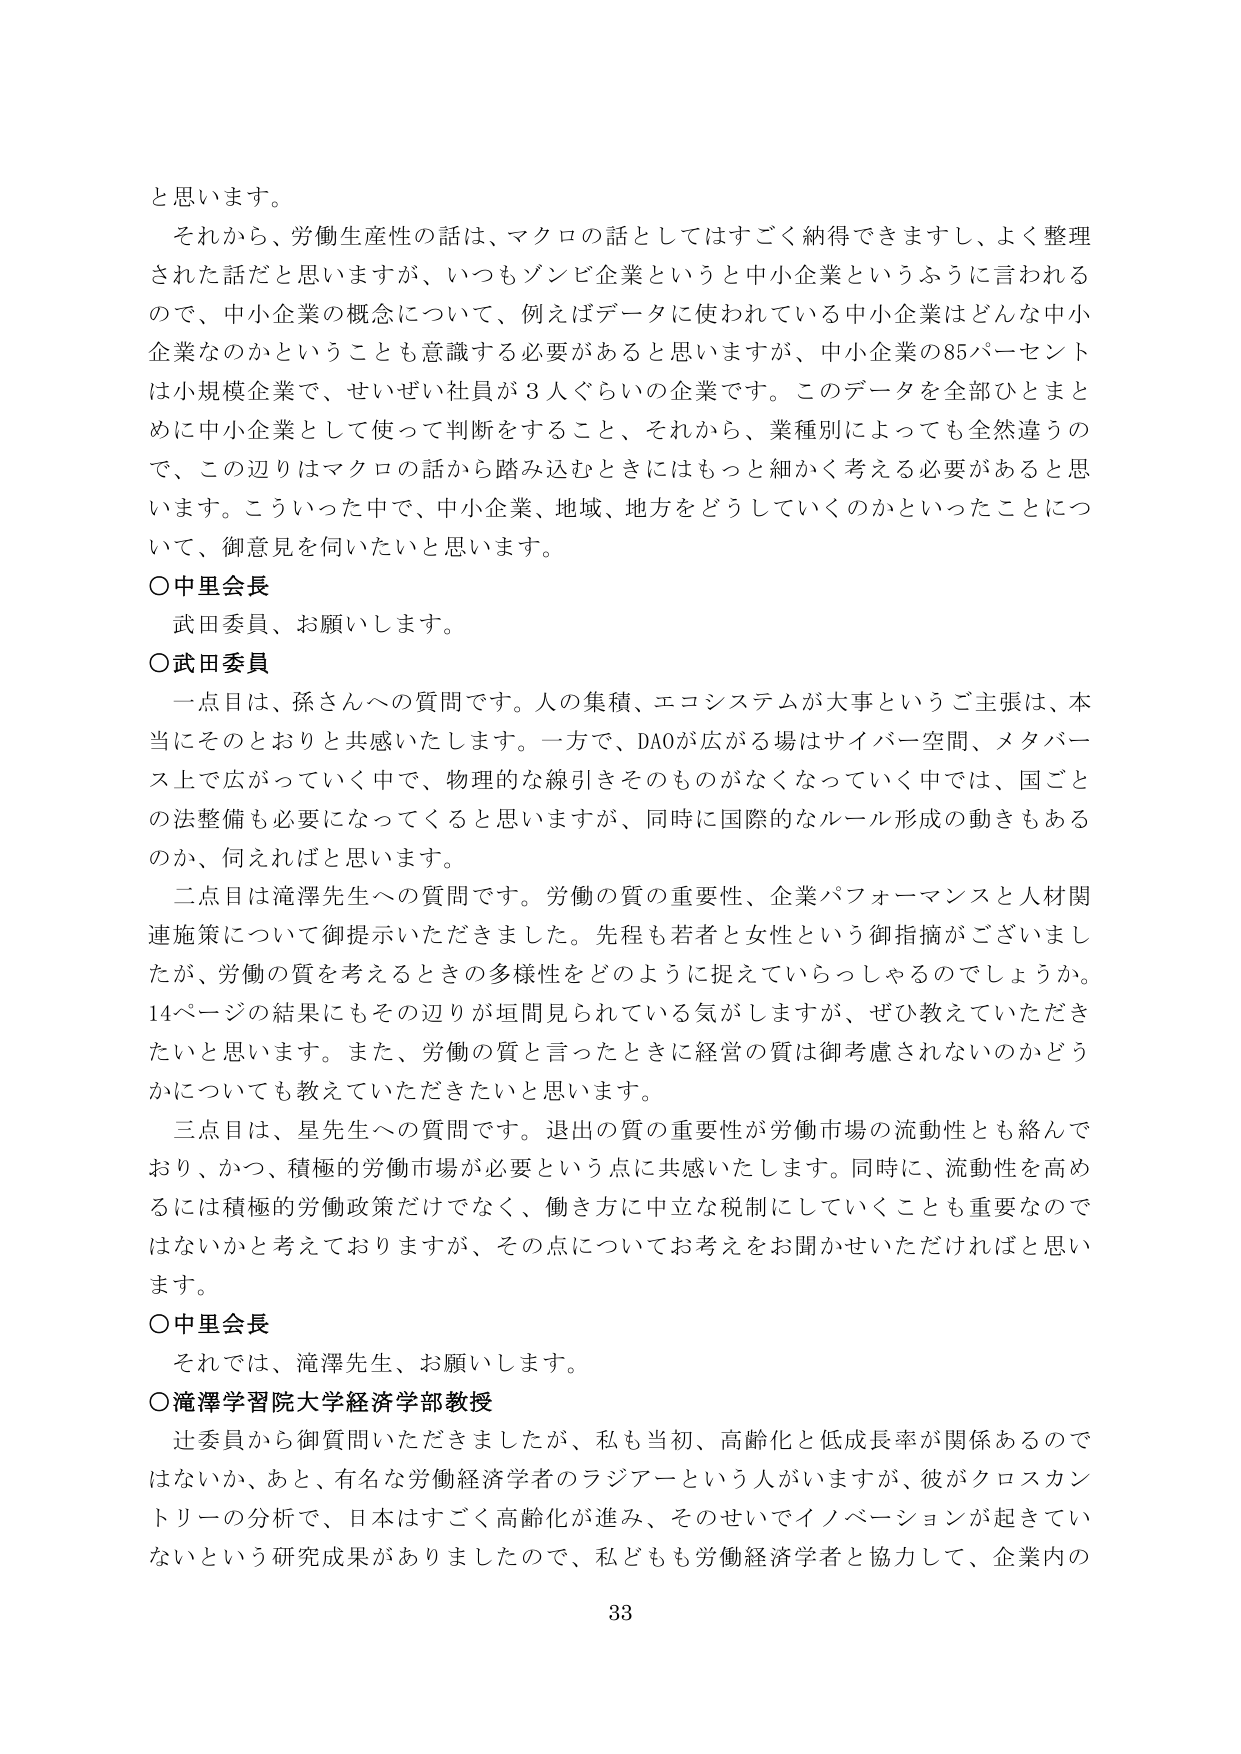
と思います。

それから、労働生産性の話は、マクロの話としてはすごく納得できますし、よく整理された話だと思いますが、いつもゾンビ企業というと中小企業というふうに言われるので、中小企業の概念について、例えばデータに使われている中小企業はどんな中小企業なのかということも意識する必要があると思いますが、中小企業の85パーセントは小規模企業で、せいぜい社員が3人ぐらいの企業です。このデータを全部ひとまとめに中小企業として使って判断をすること、それから、業種別によっても全然違うので、この辺りはマクロの話から踏み込むときにはもっと細かく考える必要があると思います。こういった中で、中小企業、地域、地方をどうしていくのかといったことについて、御意見を伺いたいと思います。

〇中里会長
武田委員、お願いします。

〇武田委員
一点目は、孫さんへの質問です。人の集積、エコシステムが大事というご主張は、本当にそのとおりと共感いたします。一方で、DAOが広がる場はサイバー空間、メタバース上で広がっていく中で、物理的な線引きそのものがなくなっていく中では、国ごとの法整備も必要になってくると思いますが、同時に国際的なルール形成の動きもあるのか、伺えればと思います。

二点目は滝澤先生への質問です。労働の質の重要性、企業パフォーマンスと人材関連施策について御提示いただきました。先程も若者と女性という御指摘がございましたが、労働の質を考えるときの多様性をどのように捉えていらっしゃるのでしょうか。14ページの結果にもその辺りが垣間見られている気がしますが、ぜひ教えていただきたいと思います。また、労働の質と言ったときに経営の質は御考慮されないのかどうかについても教えていただきたいと思います。

三点目は、星先生への質問です。退出の質の重要性が労働市場の流動性とも絡んでおり、かつ、積極的労働市場が必要という点に共感いたします。同時に、流動性を高めるには積極的労働政策だけでなく、働き方に中立な税制にしていくことも重要なのではないかと考えておりますが、その点についてお考えをお聞かせいただければと思います。

〇中里会長
それでは、滝澤先生、お願いします。

〇滝澤学習院大学経済学部教授
辻委員から御質問いただきましたが、私も当初、高齢化と低成長率が関係あるのではないか、あと、有名な労働経済学者のラジアーという人がいますが、彼がクロスカントリーの分析で、日本はすごく高齢化が進み、そのせいでイノベーションが起きていないという研究成果がありましたので、私どもも労働経済学者と協力して、企業内の

33